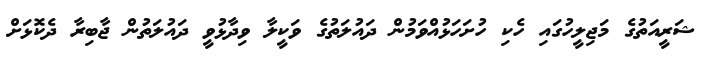
ޝަރީއަތުގެ މަޖިލީހުގައި ހެކި ހުށަހަޅުއްވަމުން ދައުލަތުގެ ވަކީލާ ވިދާޅުވީ ދައުލަތުން ޖާބިރާ ދެކޮޅަށް